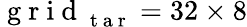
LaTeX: \mathrm{~g~r~i~d~}_{\mathrm{~t~a~r~}}=32\times 8